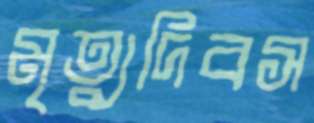
মৃত্যুদিবস